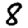
Digit: 8